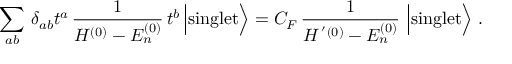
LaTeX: \sum _ { a b } \, \delta _ { a b } t ^ { a } \, \frac { 1 } { H ^ { ( 0 ) } - E _ { n } ^ { ( 0 ) } } \, t ^ { b } \, \Bigl \vert \mathrm { s i n g l e t } \Bigr \rangle = C _ { F } \, \frac { 1 } { H ^ { \, ^ { \prime } ( 0 ) } - E _ { n } ^ { ( 0 ) } } \, \, \Bigl \vert \mathrm { s i n g l e t } \Bigr \rangle \; .